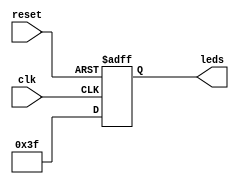
module Interfaz_leds(
	input reset, clk,
	output reg [5:0] leds
    );
	 
	 always @(posedge reset, posedge clk)
	 begin
		if (reset) leds=6'h00;
		else leds=6'hff;
	 end
	 
	 
endmodule